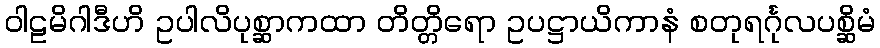
ဝါဠမိဂါဒီဟိ ဥပါလိပုစ္ဆာကထာ တိတ္တိရော ဥပဋ္ဌာယိကာနံ စတုရင်္ဂုလပစ္ဆိမံ